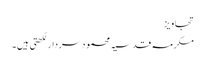
تجاویز
مکرمہ قدسیہ محمود سردار لکھتی ہیں۔